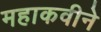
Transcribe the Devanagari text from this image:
महाकवीने